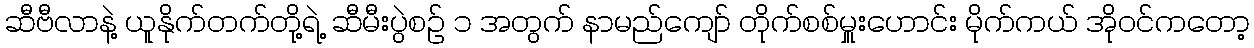
ဆီဗီလာနဲ့ ယူနိုက်တက်တို့ရဲ့ ဆီမီးပွဲစဉ် ၁ အတွက် နာမည်ကျော် တိုက်စစ်မှူးဟောင်း မိုက်ကယ် အိုဝင်ကတော့